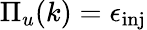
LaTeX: \Pi_{u}(k)=\epsilon_{\mathrm{inj}}